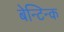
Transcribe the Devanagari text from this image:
बेन्टिन्क